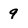
Character: 9